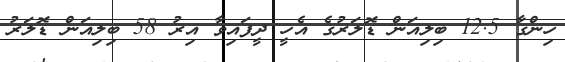
ހިންގާ 12.5 ބިލިއަން ޑޮލަރުގެ އެހީ ދީފައިވާ އިރު 58 ބިލިއަން ޑޮލަރު